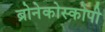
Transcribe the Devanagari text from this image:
ब्रोनेकोस्कोपी